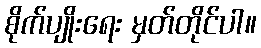
စိုက်ပျိုးရေး မှတ်တိုင်ပါ။